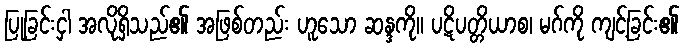
ပြုခြင်းငှါ အလိုရှိသည်၏ အဖြစ်တည်း ဟူသော ဆန္ဒကို။ ပဋိပတ္တိယာစ၊ မဂ်ကို ကျင့်ခြင်း၏